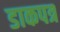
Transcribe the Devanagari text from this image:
डाकपत्र